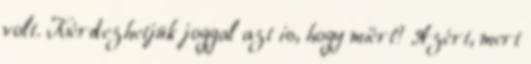
volt. Kérdezhetjük joggal azt is, hogy miért? Azért, mert